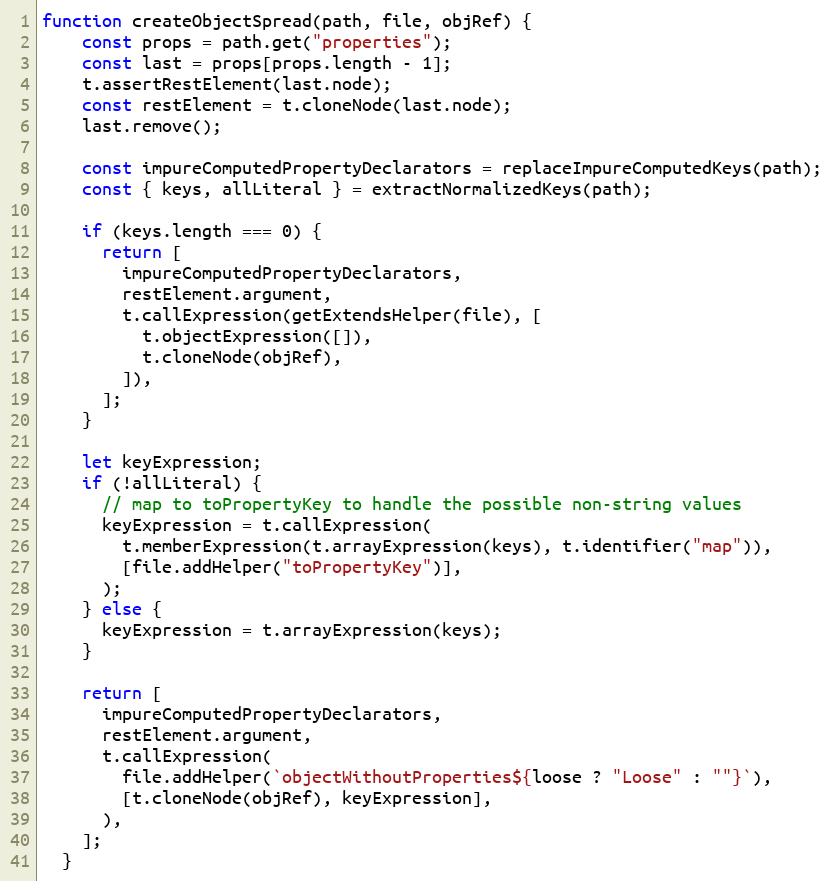
Language: JavaScript
function createObjectSpread(path, file, objRef) {
    const props = path.get("properties");
    const last = props[props.length - 1];
    t.assertRestElement(last.node);
    const restElement = t.cloneNode(last.node);
    last.remove();

    const impureComputedPropertyDeclarators = replaceImpureComputedKeys(path);
    const { keys, allLiteral } = extractNormalizedKeys(path);

    if (keys.length === 0) {
      return [
        impureComputedPropertyDeclarators,
        restElement.argument,
        t.callExpression(getExtendsHelper(file), [
          t.objectExpression([]),
          t.cloneNode(objRef),
        ]),
      ];
    }

    let keyExpression;
    if (!allLiteral) {
      // map to toPropertyKey to handle the possible non-string values
      keyExpression = t.callExpression(
        t.memberExpression(t.arrayExpression(keys), t.identifier("map")),
        [file.addHelper("toPropertyKey")],
      );
    } else {
      keyExpression = t.arrayExpression(keys);
    }

    return [
      impureComputedPropertyDeclarators,
      restElement.argument,
      t.callExpression(
        file.addHelper(`objectWithoutProperties${loose ? "Loose" : ""}`),
        [t.cloneNode(objRef), keyExpression],
      ),
    ];
  }